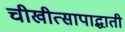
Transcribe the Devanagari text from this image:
चीखीत्सापाद्धाती